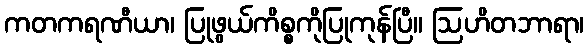
ကတကရဏီယာ၊ ပြုဖွယ်ကိစ္စကိုပြုကုန်ပြီ။ ဩဟိတဘာရာ၊